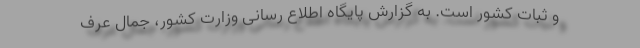
و ثبات کشور است. به گزارش پایگاه اطلاع رسانی وزارت کشور، جمال عرف